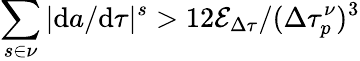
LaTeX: \sum_{s\in\nu}|\mathrm{d}a/\mathrm{d}\tau|^{s}>12\mathcal{E}_{\Delta\tau}/(\Delta\tau_{p}^{\nu})^{3}